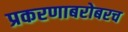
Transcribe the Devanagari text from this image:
प्रकरणाबरोबरच